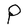
Character: P